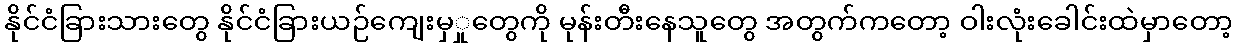
နိုင်ငံခြားသားတွေ နိုင်ငံခြားယဉ်ကျေးမှှုတွေကို မုန်းတီးနေသူတွေ အတွက်ကတော့ ဝါးလုံးခေါင်းထဲမှာတော့